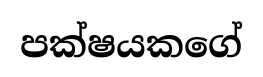
පක්ෂයකගේ